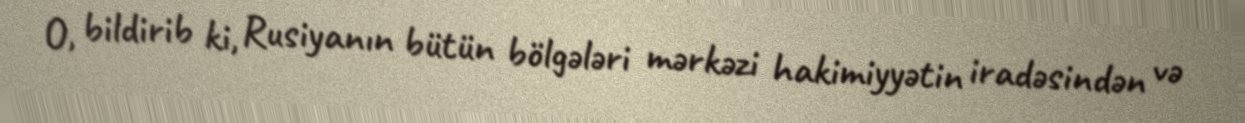
O, bildirib ki, Rusiyanın bütün bölgələri mərkəzi hakimiyyətin iradəsindən və